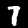
Label: 7